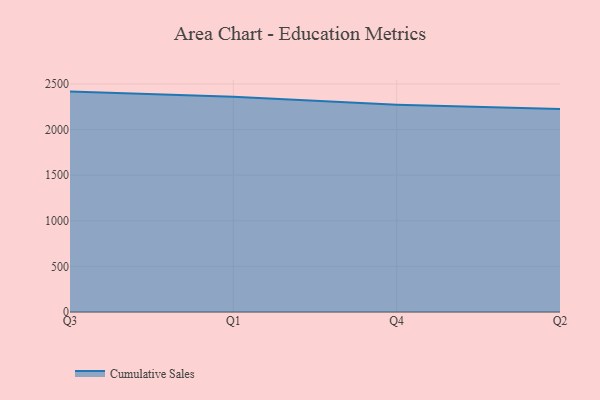
{"axis": {"x": "Quarter", "y": "Waste Production (Tons)"}, "legend": ["Cumulative Sales"], "data": [{"x": "Q3", "y": 2416.0, "type": "Cumulative Sales"}, {"x": "Q1", "y": 2358.6, "type": "Cumulative Sales"}, {"x": "Q4", "y": 2272.0, "type": "Cumulative Sales"}, {"x": "Q2", "y": 2224.1, "type": "Cumulative Sales"}]}